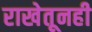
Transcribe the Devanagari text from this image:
राखेतूनही